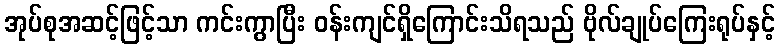
အုပ်စုအဆင့်ဖြင့်သာ ကင်းကွာပြီး ဝန်းကျင်ရှိကြောင်းသိရသည် ဗိုလ်ချုပ်ကြေးရုပ်နှင့်